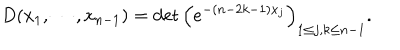
D ( x _ { 1 } , \cdots , x _ { n - 1 } ) = \det \left( e ^ { - ( n - 2 k - 1 ) x _ { j } } \right) _ { 1 \le j , k \le n - 1 } .